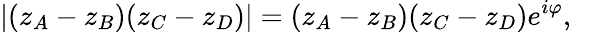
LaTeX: \left|(z_{A}-z_{B})(z_{C}-z_{D})\right|=(z_{A}-z_{B})(z_{C}-z_{D})e^{i\varphi},\quad